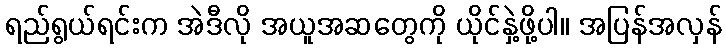
ရည်ရွယ်ရင်းက အဲဒီလို အယူအဆတွေကို ယိုင်နှဲ့ဖို့ပါ။ အပြန်အလှန်